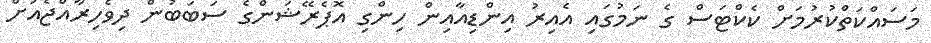
މަސައްކަތްކުރުމަށް ކެކްޓަސް ގެ ނަމުގައި އެއިރު އިންޑިއާއިން ހިންގި އޮޕެރޭޝަންގެ ސަބަބުން ދިވެހިރާއްޖެއަށް